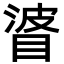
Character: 𥇲